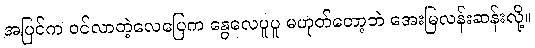
အပြင်က ဝင်လာတဲ့လေပြေက နွေလေပူပူ မဟုတ်တော့ဘဲ အေးမြလန်းဆန်းလို့။